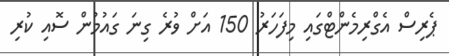
ޕެރިސް އެގްރިމެންޓްގައި މިފަހަރު 150 އަށް ވުރެ ގިނަ ގައުމުން ސޮއި ކުރި